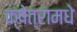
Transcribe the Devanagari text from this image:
क्षेत्रामधे